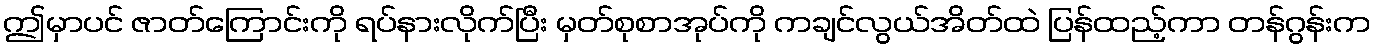
ဤမှာပင် ဇာတ်ကြောင်းကို ရပ်နားလိုက်ပြီး မှတ်စုစာအုပ်ကို ကချင်လွယ်အိတ်ထဲ ပြန်ထည့်ကာ တန်ဂွန်းက